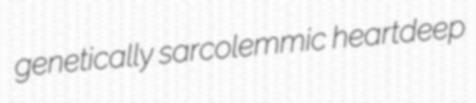
genetically sarcolemmic heartdeep